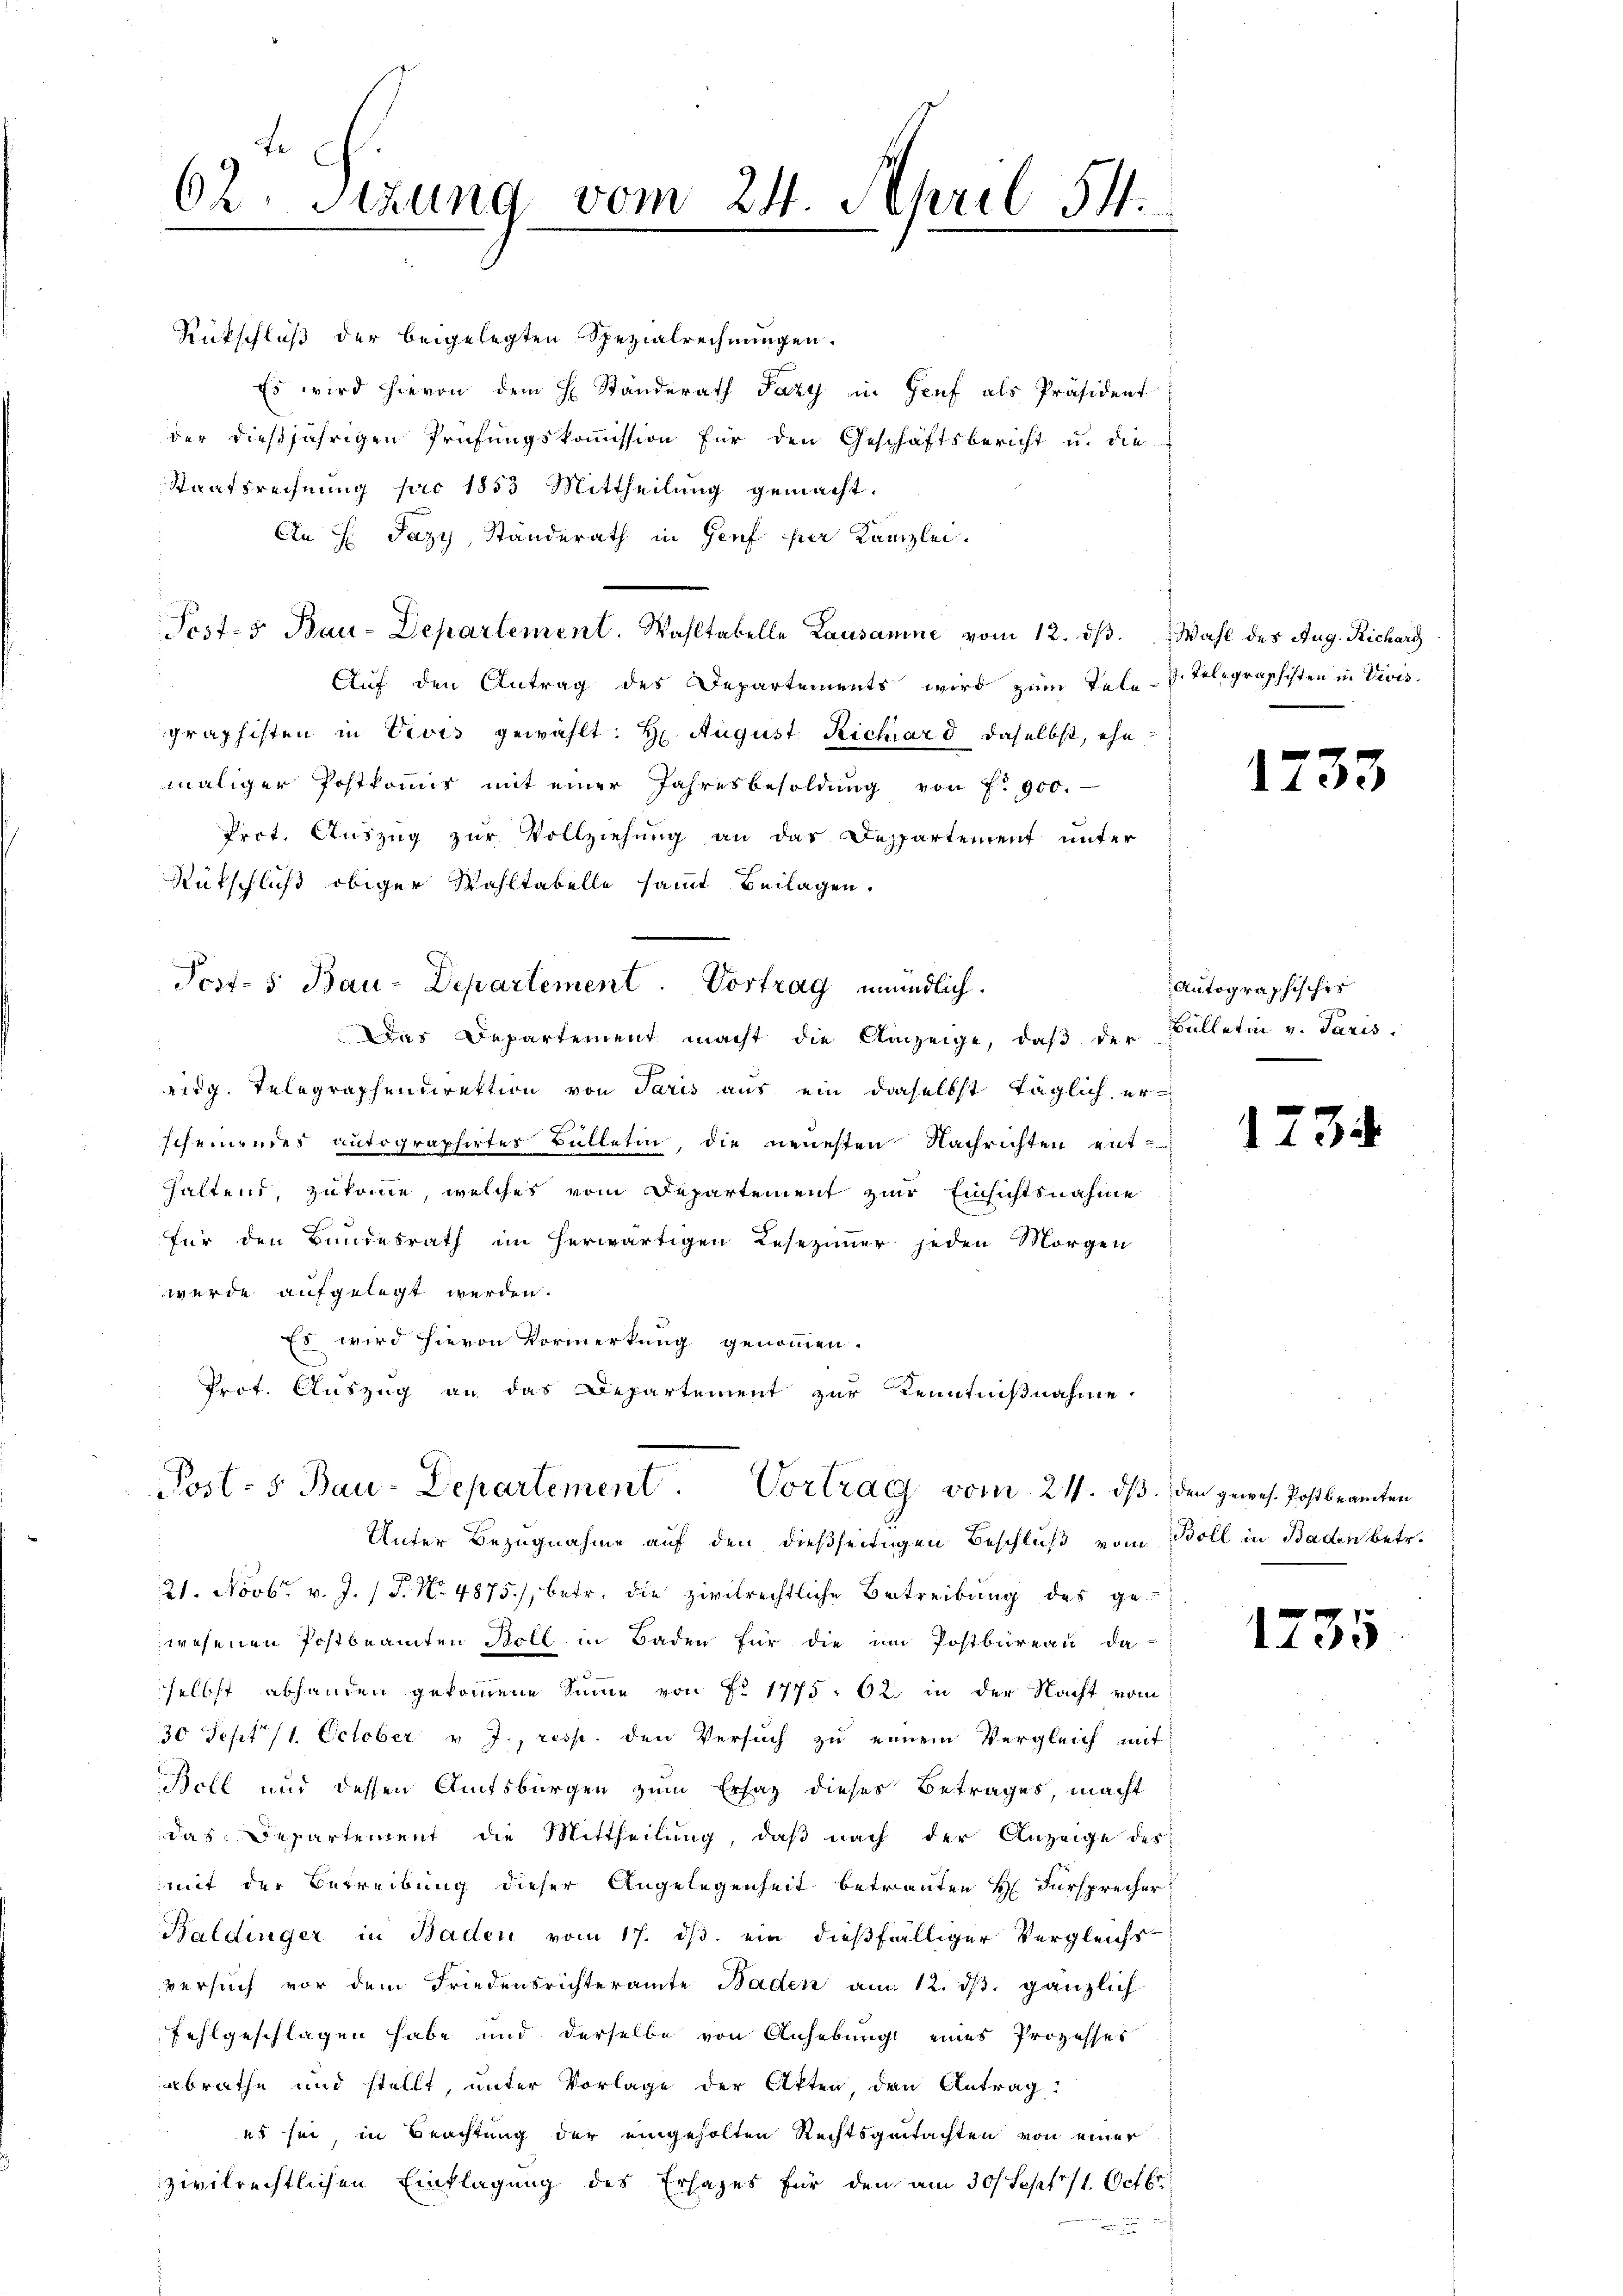
62 Sizung vom 24. April 54.

Post-s Bau-Departement. Vortrag vom 21. dβ. den gewes. Postbeamten

Rückschluß der beigelegten Spezialrechnungen.
Es wird hievon dem H. Standerath Pazy in Genf als Präsident
der dießjährigen Prüfungskommission für den Geschäftsbericht u. die
Staatsrechnung pro 1853 Mittheilung gemacht.
An H Jazy, Standerath in Genf per Kanzlei.
Post-5 Bau-Departement. Wahltabelle Lausanne vom 12. dβ. Wahl des Aug. Richarg
Auf den Antrag des Departements wird zum Tele-S. Telegraphisten in Divis
graphisten in Vivis gewählt: H. August Richard daselbst, ehemaliger Postkomis mit einer Jahresbesoldung von f. 900.
Prot. Auszug zur Vollziehung an das Despartement unter
Rütschluß obiger Wahltabelle sammt Beilagen.
Post- 5 Bau-Departement. Vortrag mündlich.
Das Departement macht die Anzeige, daß der
eidg. Telegraphendirektion von Paris aus ein daselbst täglich erscheinendes autographirtes Bülletin, die neuesten Nachrichten ent-
haltend, zukomme, welches vom Departement zur Einsichtsnahme
für den Bundesrath im herwärtigen Lesezimmer jeden Morgen
wurde aufgelegt werden.
Es wird hievon Vormerkung genommen.
Prof. Auszug an das Departement zur Kenntnißnahme

Unter Bezugnahme auf den dießseitigen Beschluß vom Boll in Baden betr.
21. Novbr. v. J. (T. No. 4875), betr. die zivilrechtliche Betreibung des ge-
wesenen Postbeamten Soll in Baden für die im Postbüreau da-
selbst abhanden gekommene Sinne von Nr 1775. 62 in der Nacht vom
30 Sept /1. October v. J., resp. den Versuch zu einem Vergleich mit
Boll und dessen Amtsbürgen zum Ersaz dieses Betrages, macht
das Departement die Mittheilung, daß nach der Anzeige des
mit der Betreibung dieser Angelegenheit betrauten H. Fürsprecher
Baldinger in Baden vom 17. ds. ein dießfälliger Vergleichs-
versuch vor dem Friedensrichteramte Baden am 12. dβ. gänzlich
fehlgeschlagen habe und derselbe von Anhebung eines Prozesses
abrathe und stellt, unter Vorlage der Akten, den Antrag:
es sei in Beachtung der eingeholten Rechtsquitachten von einer
zivilrechtlichen Einklagung des Ersages für den am 30 Sept. 11. Octbr.

1233

Autographisches
Bülletin v. Paris.

1734

1735